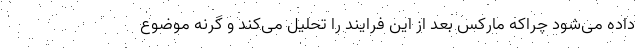
داده می‌شود چراکه مارکس بعد از این فرایند را تحلیل می‌کند و گرنه موضوع